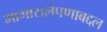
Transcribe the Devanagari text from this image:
मागासलेपणाबद्दल